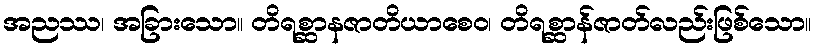
အညဿ၊ အခြားသော။ တိရစ္ဆာနဇာတိယာစေဝ၊ တိရစ္ဆာန်ဇာတ်လည်းဖြစ်သော။